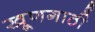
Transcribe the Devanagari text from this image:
खूणगाठी